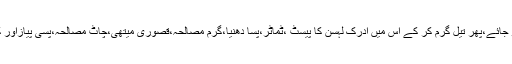
اب چکن کو ہلکی آنچ پر اتنا پکائیں کہ پانی خشک ہو جائے،پھر تیل گرم کر کے اس میں ادرک لہسن کا پیسٹ ،ٹماٹر،پسا دھنیا،گرم مصالحہ،قصوری میتھی،چاٹ مصالحہ،پسی پیازاور کاجو کا پیسٹ ڈال کر اتنا پکائیں کہ تیل اوپر آ جائے۔